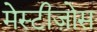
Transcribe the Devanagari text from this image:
मेस्टीज़ोस